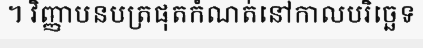
។ វិញ្ញាបនបត្រផុតកំណត់នៅកាលបរិច្ឆេទ